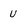
Character: U